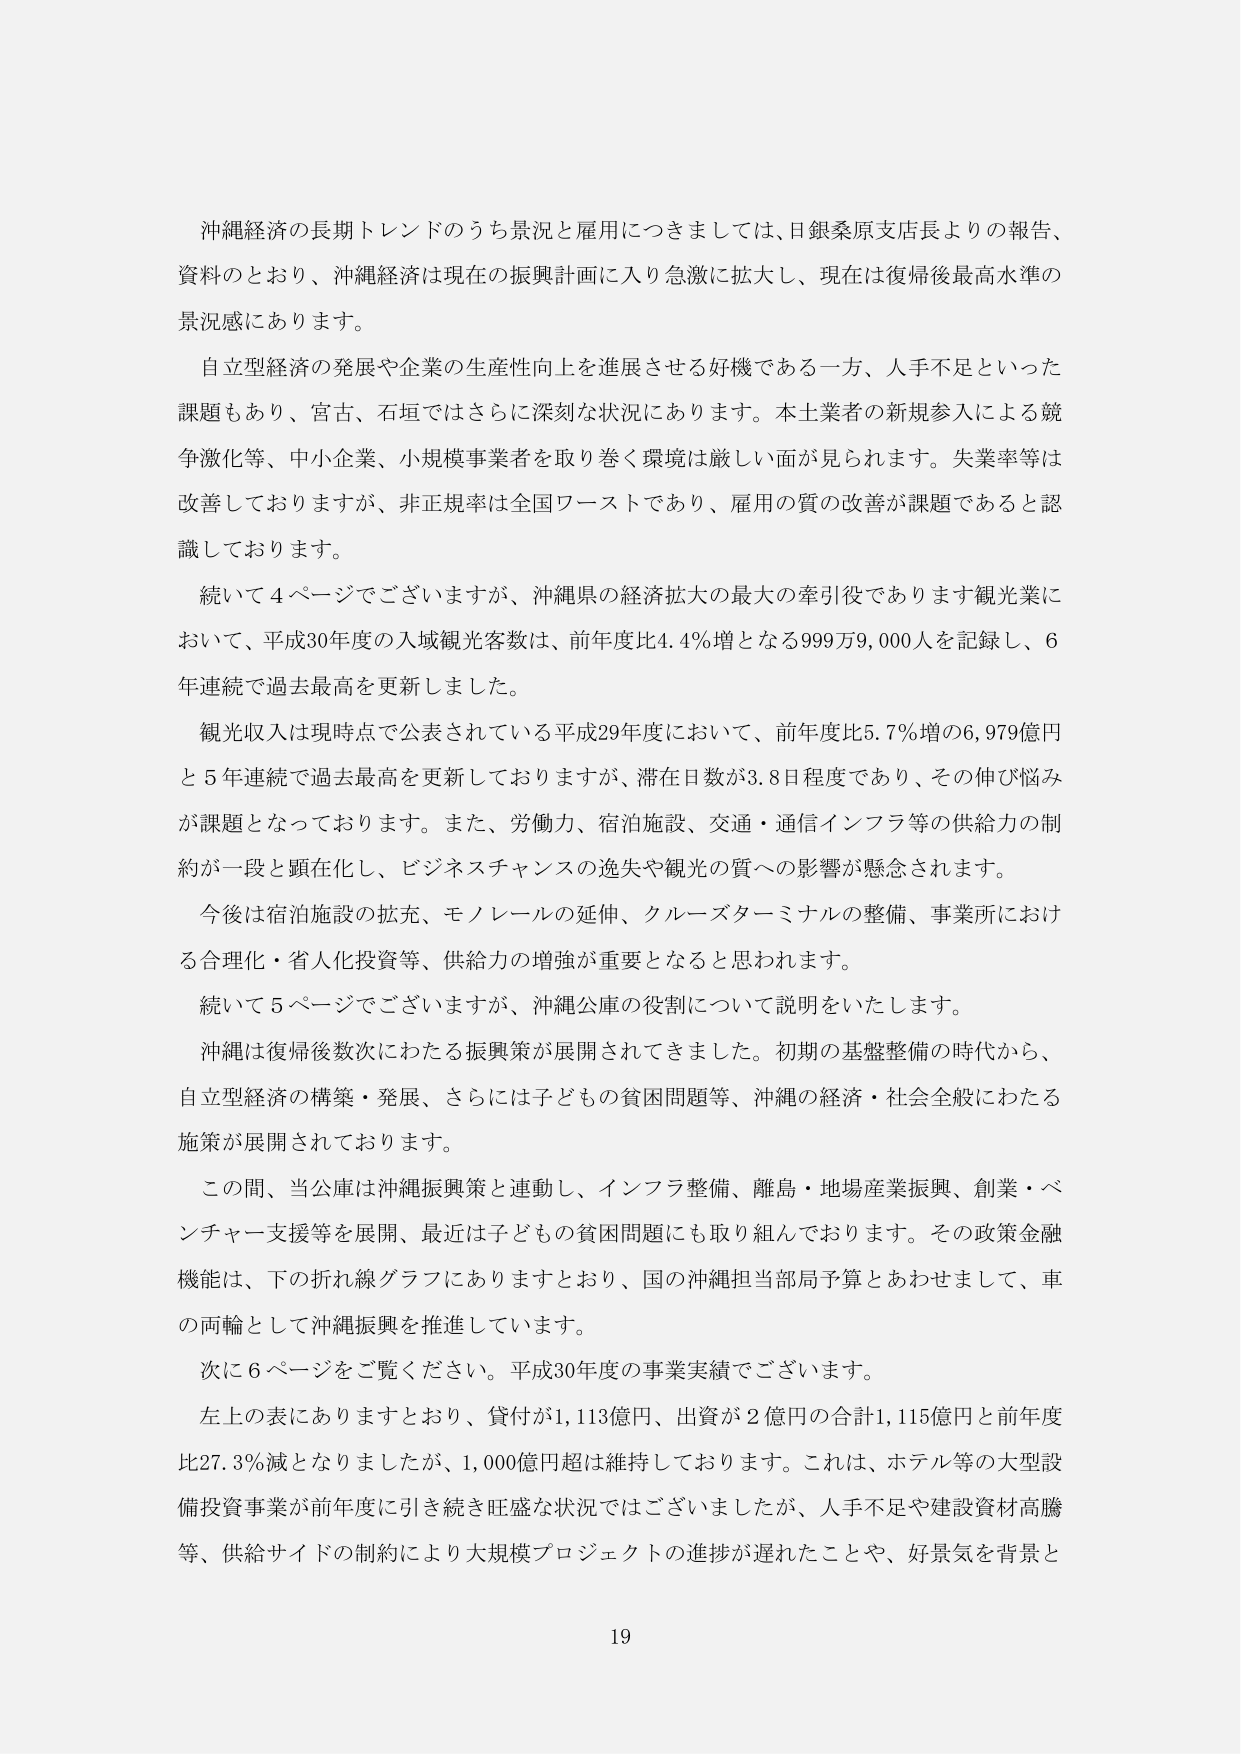
沖縄経済の長期トレンドのうち景況と雇用につきましては、日銀桑原支店長よりの報告、資料のとおり、沖縄経済は現在の振興計画に入り急激に拡大し、現在は復帰後最高水準の景況感にあります。

自立型経済の発展や企業の生産性向上を進展させる好機である一方、人手不足といった課題もあり、宮古、石垣ではさらに深刻な状況にあります。本土業者の新規参入による競争激化等、中小企業、小規模事業者を取り巻く環境は厳しい面が見られます。失業率等は改善しておりますが、非正規率は全国ワーストであり、雇用の質の改善が課題であると認識しております。

続いて4ページでございますが、沖縄県の経済拡大の最大の牽引役であります観光業において、平成30年度の入域観光客数は、前年度比4.4％増となる999万9,000人を記録し、6年連続で過去最高を更新しました。

観光収入は現時点で公表されている平成29年度において、前年度比5.7％増の6,979億円と5年連続で過去最高を更新しておりますが、滞在日数が3.8日程度であり、その伸び悩みが課題となっております。また、労働力、宿泊施設、交通・通信インフラ等の供給力の制約が一段と顕在化し、ビジネスチャンスの逸失や観光の質への影響が懸念されます。

今後は宿泊施設の拡充、モノレールの延伸、クルーズターミナルの整備、事業所における合理化・省人化投資等、供給力の増強が重要となると思われます。

続いて5ページでございますが、沖縄公庫の役割について説明をいたします。

沖縄は復帰後数次にわたる振興策が展開されてきました。初期の基盤整備の時代から、自立型経済の構築・発展、さらには子どもの貧困問題等、沖縄の経済・社会全般にわたる施策が展開されております。

この間、当公庫は沖縄振興策と連動し、インフラ整備、離島・地場産業振興、創業・ベンチャー支援等を展開、最近は子どもの貧困問題にも取り組んでおります。その政策金融機能は、下の折れ線グラフにありますとおり、国の沖縄担当部局予算とあわせまして、車の両輪として沖縄振興を推進しています。

次に6ページをご覧ください。平成30年度の事業実績でございます。

左上の表にありますとおり、貸付が1,113億円、出資が2億円の合計1,115億円と前年度比27.3％減となりましたが、1,000億円超は維持しております。これは、ホテル等の大型設備投資事業が前年度に引き続き旺盛な状況ではございましたが、人手不足や建設資材高騰等、供給サイドの制約により大規模プロジェクトの進捗が遅れたことや、好景気を背景と

19